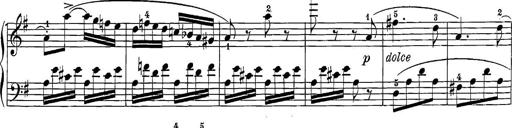
Title: 12 Sonatine per Pianoforte
Composer: Friedrich Kuhlau